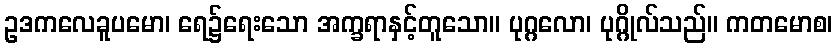
ဥဒကလေခူပမော၊ ရေ၌ရေးသော အက္ခရာနှင့်တူသော။ ပုဂ္ဂလော၊ ပုဂ္ဂိုလ်သည်။ ကတမောစ၊